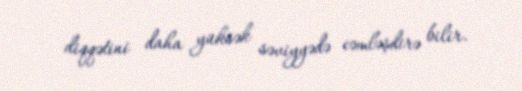
diqqətini daha yüksək səviyyədə cəmləşdirə bilir.